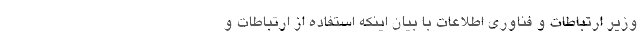
وزیر ارتباطات و فناوری اطلاعات با بیان اینکه استفاده از ارتباطات و